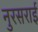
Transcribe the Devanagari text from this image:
नुरसराई